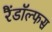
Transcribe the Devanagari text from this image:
रैंडॉल्फस